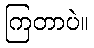
ကြတာပဲ။